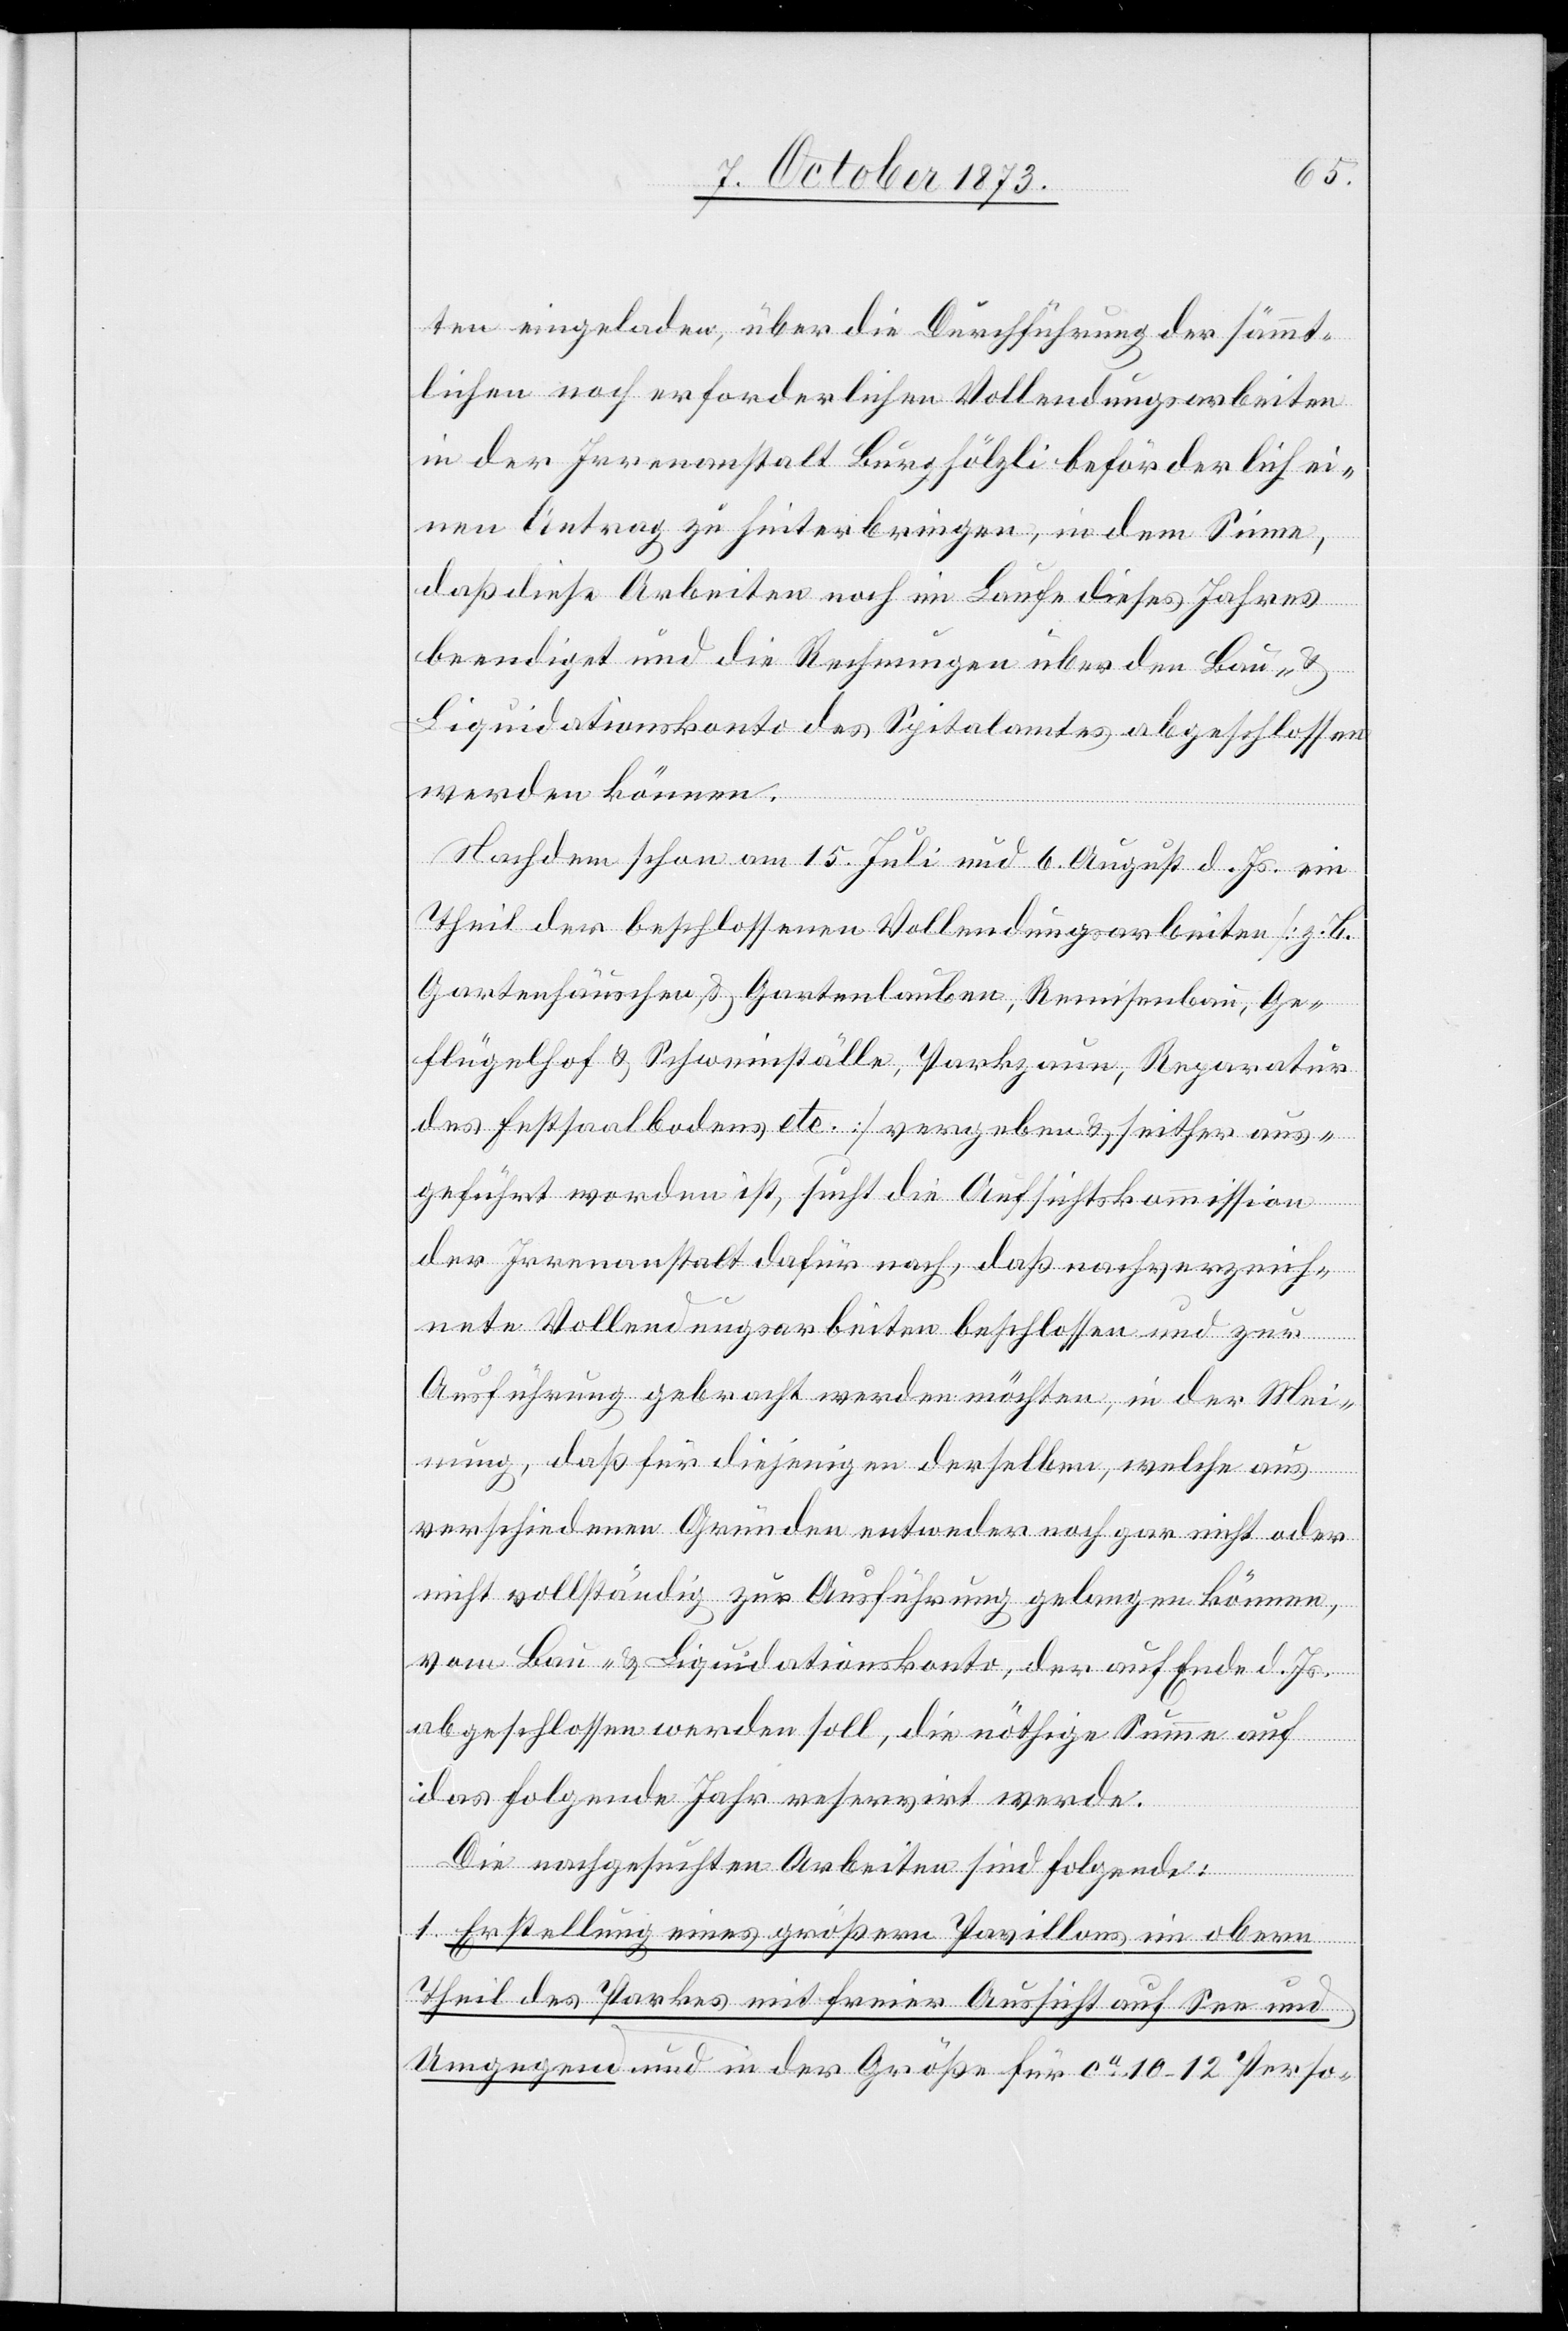
ten eingeladen, über die Durchführung der sämmt¬
lichen noch erforderlichen Vollendungsarbeiten
in der Irrenanstalt Burghölzli beförderlich ei¬
nen Antrag zu hinterbringen, in dem Sinne,
daß diese Arbeiten noch im Laufe dieses Jahres
beendiget und die Rechnungen über den Bau- &
Liquidationskonto des Spitalamtes abgeschlossen
werden können.
Nachdem schon am 15. Juli und 6. August d. Js. ein
Theil der beschlossenen Vollendungsarbeiten [z. B.
Gartenhäuschen & Gartenlauben, Remisenbau, Ge¬
flügelhof & Schweinställe, Parkzaun, Reparatur
des Festsaalbodens etc.] vergeben & seither aus¬
geführt worden ist, sucht die Aufsichtskommission
der Irrenanstalt dafür nach, daß nachverzeich¬
nete Vollendungsarbeiten beschlossen und zur
Ausführung gebracht werden möchten, in der Mei¬
nung, daß für diejenigen derselben, welche aus
verschiedenen Gründen entweder noch gar nicht oder
nicht vollständig zur Ausführung gelangen können,
vom Bau- & Liquidationskonto, der auf Ende d. Js.
abgeschlossen werden soll, die nöthige Summe auf
das folgende Jahr reservirt werde.
Die nachgesuchten Arbeiten sind Folgende:
1. Erstellung eines größern Pavillons im obern
Theil des Parkes mit freier Aussicht auf See und
Umgegend und in der Größe für ca 10–12 Perso-